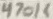
Text: 470K